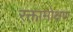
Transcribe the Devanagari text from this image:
रक्तामोक्षण